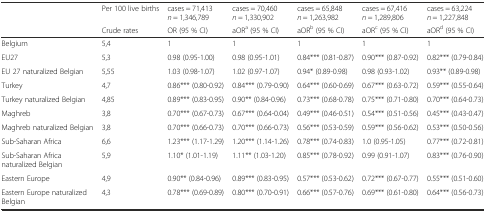
<table><thead><tr><td></td><td><b>Per 100 live births</b></td><td><b>cases = 71,413 <i>n</i> = 1,346,789</b></td><td><b>cases = 70,460 <i>n</i> = 1,330,902</b></td><td><b>cases = 65,848 <i>n</i> = 1,263,982</b></td><td><b>cases = 67,416 <i>n</i> = 1,289,806</b></td><td><b>cases = 63,224 <i>n</i> = 1,227,848</b></td></tr><tr><td></td><td><b>Crude rates</b></td><td><b>OR (95 % CI)</b></td><td><b>aOR<sup>a</sup> (95 % CI)</b></td><td><b>aOR<sup>b</sup> (95 % CI)</b></td><td><b>aOR<sup>c</sup> (95 % CI)</b></td><td><b>aOR<sup>d</sup> (95 % CI)</b></td></tr></thead><tbody><tr><td>Belgium</td><td>5,4</td><td>1</td><td>1</td><td>1</td><td>1</td><td>1</td></tr><tr><td>EU27</td><td>5,3</td><td>0.98 (0.95-1.00)</td><td>0.98 (0.95-1.01)</td><td>0.84*** (0.81-0.87)</td><td>0.90*** (0.87-0.92)</td><td>0.82*** (0.79-0.84)</td></tr><tr><td>EU 27 naturalized Belgian</td><td>5,55</td><td>1.03 (0.98-1.07)</td><td>1.02 (0.97-1.07)</td><td>0.94* (0.89-0.98)</td><td>0.98 (0.93-1.02)</td><td>0.93** (0.89-0.98)</td></tr><tr><td>Turkey</td><td>4,7</td><td>0.86*** (0.80-0.92)</td><td>0.84*** (0.79-0.90)</td><td>0.64*** (0.60-0.69)</td><td>0.67*** (0.63-0.72)</td><td>0.59*** (0.55-0.64)</td></tr><tr><td>Turkey naturalized Belgian</td><td>4,85</td><td>0.89*** (0.83-0.95)</td><td>0.90** (0.84-0.96)</td><td>0.73*** (0.68-0.78)</td><td>0.75*** (0.71-0.80)</td><td>0.70*** (0.64-0.73)</td></tr><tr><td>Maghreb</td><td>3,8</td><td>0.70*** (0.67-0.73)</td><td>0.67*** (0.64-0.04)</td><td>0.49*** (0.46-0.51)</td><td>0.54*** (0.51-0.56)</td><td>0.45*** (0.43-0.47)</td></tr><tr><td>Maghreb naturalized Belgian</td><td>3,8</td><td>0.70*** (0.66-0.73)</td><td>0.70*** (0.66-0.73)</td><td>0.56*** (0.53-0.59)</td><td>0.59*** (0.56-0.62)</td><td>0.53*** (0.50-0.56)</td></tr><tr><td>Sub-Saharan Africa</td><td>6,6</td><td>1.23*** (1.17-1.29)</td><td>1.20*** (1.14-1.26)</td><td>0.78*** (0.74-0.83)</td><td>1.0 (0.95-1.05)</td><td>0.77*** (0.72-0.81)</td></tr><tr><td>Sub-Saharan Africa naturalized Belgian</td><td>5,9</td><td>1.10* (1.01-1.19)</td><td>1.11** (1.03-1.20)</td><td>0.85*** (0.78-0.92)</td><td>0.99 (0.91-1.07)</td><td>0.83*** (0.76-0.90)</td></tr><tr><td>Eastern Europe</td><td>4,9</td><td>0.90** (0.84-0.96)</td><td>0.89*** (0.83-0.95)</td><td>0.57*** (0.53-0.62)</td><td>0.72*** (0.67-0.77)</td><td>0.55*** (0.51-0.60)</td></tr><tr><td>Eastern Europe naturalized Belgian</td><td>4,3</td><td>0.78*** (0.69-0.89)</td><td>0.80*** (0.70-0.91)</td><td>0.66*** (0.57-0.76)</td><td>0.69*** (0.61-0.80)</td><td>0.64*** (0.56-0.73)</td></tr></tbody></table>